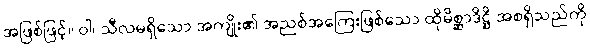
အဖြစ်ဖြင့်။ ဝါ၊ သီလမရှိသော အကျိုး၏ အညစ်အကြေးဖြစ်သော ထိုမိစ္ဆာဒိဋ္ဌိ အစရှိသည်ကို